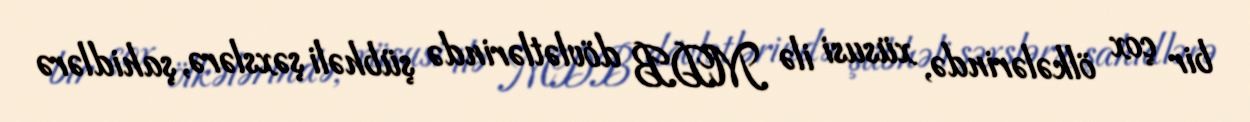
bir çox ölkələrində, xüsusi ilə MDB dövlətlərində şübhəli şəxslərə, şahidlərə